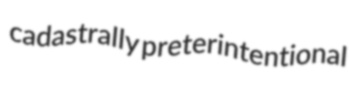
cadastrally preterintentional